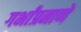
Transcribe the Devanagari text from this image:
गर्भांप्रमाणे